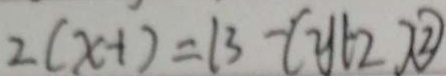
2 ( x + 1 ) = 1 3 - ( y + 2 ) \textcircled { 2 }